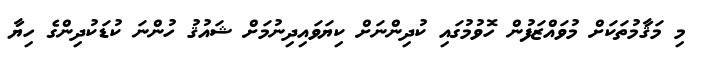
މި މަޤާމުތަކަށް މުވައްޒަފުން ހޮވުމުގައި ކުދިންނަށް ކިޔަވައިދިނުމަށް ޝައުޤު ހުންނަ ކުޑަކުދިންގެ ހިޔާ